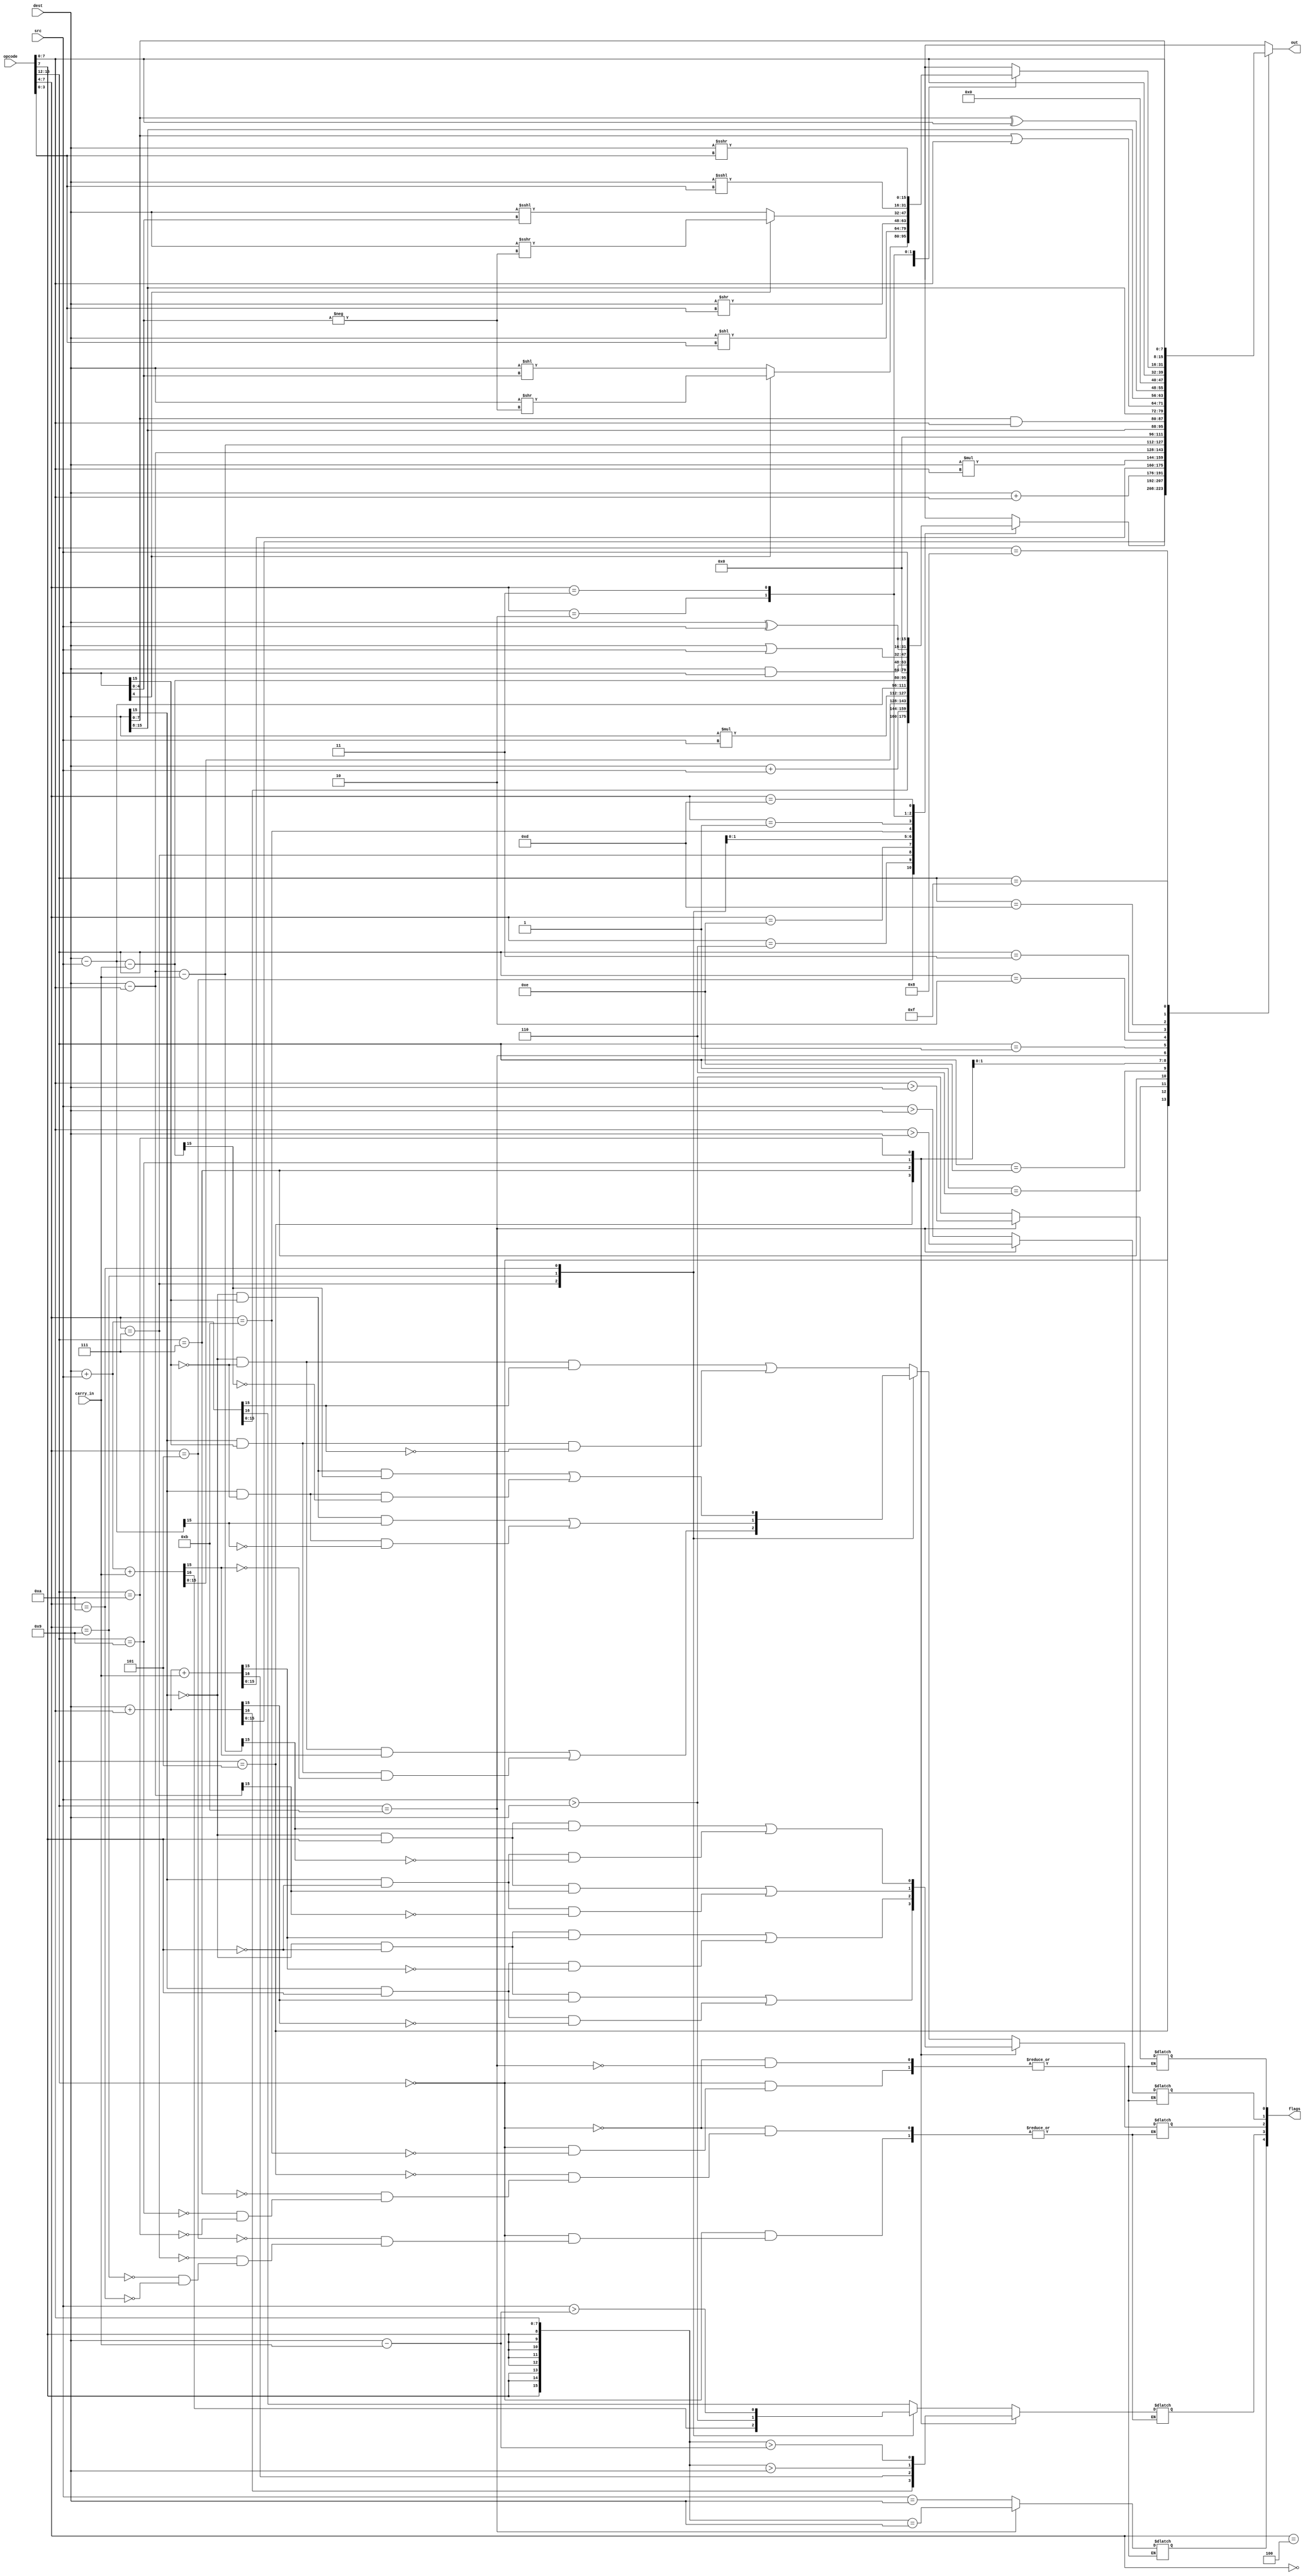
`timescale 1ns / 1ps
//////////////////////////////////////////////////////////////////////////////////
// Company: 
// Engineer: 
// 
// Design Name: 
// Module Name:    alu 
// Project Name: 
// Target Devices: 
// Tool versions: 
// Description: 
//
// Dependencies: 
//
// Revision: 
// Revision 0.01 - File Created
// Additional Comments: 
//
//////////////////////////////////////////////////////////////////////////////////
module ALU(dest, src, opcode, carry_in, flags, out);
	input [15:0] dest, src, opcode;
	input carry_in;

	output reg [4:0] flags;
	output reg [15:0] out;

	// flags
	parameter Z	= 4; // Zero
	parameter C	= 3; // Carry
	parameter F = 2; // overFlow
	parameter N	= 1; // Negative
	parameter L	= 0; // Low
	
	// opcode high
	parameter R_TO_R 		= 4'b0000;
	parameter ADDI 		= 4'b0101;
	parameter ADDUI		= 4'b0110;
	parameter ADDCI		= 4'b0111;
	parameter MULI			= 4'b1110;
	parameter SUBI			= 4'b1001;
	parameter SUBCI		= 4'b1010;
	parameter CMPI			= 4'b1011;
	parameter ANDI			= 4'b0001;
	parameter ORI			= 4'b0010;
	parameter XORI			= 4'b0011;
	parameter MOVI			= 4'b1101;
	parameter SHIFT		= 4'b1000;
	parameter LUI			= 4'b1111;
	
	// opcode low R_TO_R
	parameter ADD	= 4'b0101;
	parameter ADDU	= 4'b0110;
	parameter ADDC	= 4'b0111;
	parameter MUL	= 4'b1110;
	parameter SUB	= 4'b1001;
	parameter SUBC	= 4'b1010;
	parameter CMP	= 4'b1011;
	parameter AND	= 4'b0001;
	parameter OR	= 4'b0010;
	parameter XOR	= 4'b0011;
	parameter MOV	= 4'b1101;
	
	// opcode low SHIFT
	parameter LSH		= 4'b0100;
	parameter LLSHI	= 4'b0000;
	parameter LRSHI	= 4'b0001;
	parameter ASH		= 4'b0110;
	parameter ALSHI	= 4'b0010;
	parameter ARSHI	= 4'b0011;
	
	always @(dest, src, opcode, carry_in)
	begin
		out = 16'bx;
		flags = flags;
		// check opcode high
		case (opcode[15:12])
			R_TO_R:
			begin
				// check opcode low
				case (opcode[7:4])	
					ADD:
					begin
						{flags[C], out} = dest + src;						
						flags[F] = ((~dest[15] & ~src[15] & out[15]) | (dest[15] & src[15] & ~out[15])); 
					end
					
					ADDU:
					begin
						out = dest + src;						
					end
						
					ADDC:
					begin
						{flags[C], out} = dest + src + carry_in;						
						flags[F] = ((~dest[15] & ~src[15] & out[15]) | (dest[15] & src[15] & ~out[15])); 
					end
					
					MUL:
					begin
						out = dest * src;
					end
					
					SUB:
					begin
						out = dest - src;
						flags[F] = ((~dest[15] & src[15] & out[15]) | (dest[15] & ~src[15] & ~out[15]));
						flags[C] = src > dest;
					end
					
					SUBC:
					begin
						out = dest - src - carry_in;
						flags[F] = ((~dest[15] & src[15] & out[15]) | (dest[15] & ~src[15] & ~out[15]));
						flags[C] = src > (dest - carry_in);
					end
					
					CMP:
					begin
						flags[L] = (src > dest);
						flags[N] = ($signed(src) > $signed(dest));
						flags[Z] = (src == dest);
						out = 16'b0;
					end

					AND:
					begin
						out = dest & src;
					end
						
					OR:
					begin
						out = dest | src;
					end
						
					XOR:
					begin
						out = dest ^ src;
					end
						
					MOV:
					begin
						out = src;
					end

					default:
					begin
						// when there is no opcode to use
						out = 16'bx;
					end
				endcase 
			end // R_TO_R
		
			ADDI:
			begin
				{flags[C], out} = dest + opcode[7:0];
				flags[F] = ((~dest[15] & ~opcode[7] & out[15]) | (dest[15] & opcode[7] & ~out[15])); 
			end
			
			ADDUI:
			begin
				out = dest + {8'b0, opcode[7:0]};
			end
				
			ADDCI:
			begin
				{flags[C], out} = dest + opcode[7:0] + carry_in;
				flags[F] = ((~dest[15] & ~opcode[7] & out[15]) | (dest[15] & opcode[7] & ~out[15])); 
			end
			
			MULI:
			begin
				out = dest * opcode[7:0];
			end
			
			SUBI:
			begin
				out = dest - opcode[7:0];
				flags[F] = ((~dest[15] & opcode[7] & out[15]) | (dest[15] & ~opcode[7] & ~out[15]));
				flags[C] = {{8{opcode[7]}}, opcode[7:0]} > dest;
			end
			
			SUBCI:
			begin
				out = dest - opcode[7:0] - carry_in;
				flags[F] = ((~dest[15] & opcode[7] & out[15]) | (dest[15] & ~opcode[7] & ~out[15]));
				flags[C] = {{8{opcode[7]}}, opcode[7:0]} > (dest - carry_in);
			end
			
			CMPI:
			begin
				flags[L] = ({8'b0, opcode[7:0]} > dest);
				flags[N] = ($signed({{8{opcode[7]}}, opcode[7:0]}) > $signed(dest));
				flags[Z] = ({{8{opcode[7]}}, opcode[7:0]} == dest);
				out = 16'b0;			
			end
			
			ANDI:
			begin
				out = {dest[15:8], (dest[7:0] & opcode[7:0])};
			end
			
			ORI:
			begin
				out = {dest[15:8], (dest[7:0] | opcode[7:0])};
			end
			
			XORI:
			begin
				out = {dest[15:8], (dest[7:0] ^ opcode[7:0])};
			end
			
			MOVI:
			begin
				out = {8'b0, opcode[7:0]};
			end
			
			SHIFT:
			begin
				// check opcode low
				case (opcode[7:4])
					// Logical shift
					LSH:
					begin
						//if negative
						if (src[4])
						begin
							out = dest >> (-src[4:0]);
						end
						else
						begin
							out = dest << src[4:0];
						end
					end
					
					// Logical Left Shift Immediate
					LLSHI:
					begin
						out = dest << opcode[3:0];
					end
					
					// Logical Right Shift Immediate
					LRSHI:
					begin
						out = dest >> opcode[3:0];
					end
					
					// Arithmetic Shift
					ASH:
					begin
						//if negative
						if (src[4])
						begin
							out = dest >>> (-src[4:0]);
						end
						else
						begin
							out = dest <<< src[4:0];
						end
					end
					
					// Arithmetic left Shift Immediate
					ALSHI:
					begin
						out = dest <<< opcode[3:0];
					end
					
					// Arithmetic Right Shift Immediate
					ARSHI:
					begin
						out = dest >>> opcode[3:0];
					end
					
					default:
					begin
						// when there is no opcode to use
						out = 16'bx;
					end	
				endcase 
			end // shift
			
			LUI:
			begin
				out = {opcode[7:0], dest[7:0]};
			end
				
			
			default:
				begin
					// when there is no opcode to use
					out = 16'bx;
				end
		endcase
	end

endmodule